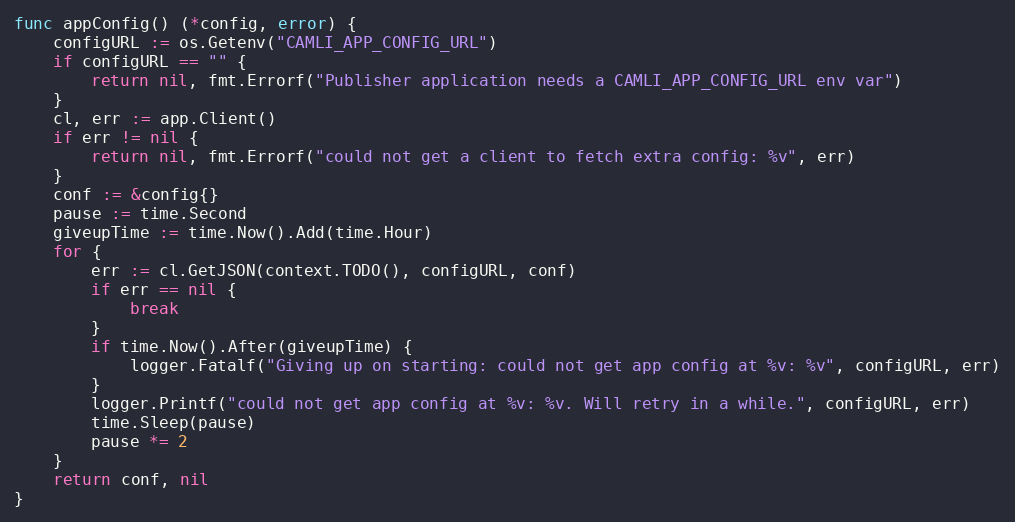
Language: Go
func appConfig() (*config, error) {
	configURL := os.Getenv("CAMLI_APP_CONFIG_URL")
	if configURL == "" {
		return nil, fmt.Errorf("Publisher application needs a CAMLI_APP_CONFIG_URL env var")
	}
	cl, err := app.Client()
	if err != nil {
		return nil, fmt.Errorf("could not get a client to fetch extra config: %v", err)
	}
	conf := &config{}
	pause := time.Second
	giveupTime := time.Now().Add(time.Hour)
	for {
		err := cl.GetJSON(context.TODO(), configURL, conf)
		if err == nil {
			break
		}
		if time.Now().After(giveupTime) {
			logger.Fatalf("Giving up on starting: could not get app config at %v: %v", configURL, err)
		}
		logger.Printf("could not get app config at %v: %v. Will retry in a while.", configURL, err)
		time.Sleep(pause)
		pause *= 2
	}
	return conf, nil
}